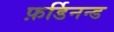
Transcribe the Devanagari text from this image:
फ़र्डिनन्ड